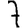
Digit: 7